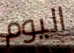
اليوم